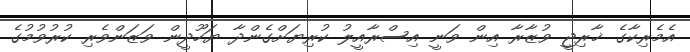
އެމެރިކާގެ ޚާރިޖީ ވުޒާރާ އިން ވަނީ އިސްރާއީލު ކުރިޔަށްގެންދާ ޔަހޫދީން ވަޒަންވެރި ކުރުވުމުގެ